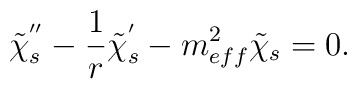
\tilde{\chi}_s^{''} - \frac{1}{r} \tilde{\chi}_s^{'}- m_{eff}^2 \tilde{\chi}_s =0.